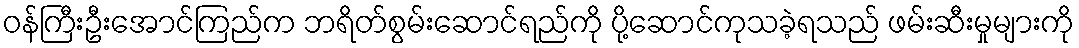
ဝန်ကြီးဦးအောင်ကြည်က ဘရိတ်စွမ်းဆောင်ရည်ကို ပို့ဆောင်ကုသခဲ့ရသည် ဖမ်းဆီးမှုများကို